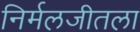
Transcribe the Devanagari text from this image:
निर्मलजीतला